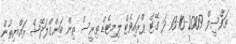
ތަފްސީލް 2009-10-13 ދަ ގޭޓް ޕްރައިވެޓް ލިމިޓެޑް ތިރީސް ތިން ބަންގްލަދޭޝް ރައްޔިތުން